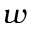
w